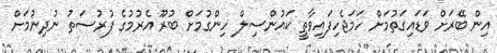
އިން ބޭރަށް ވަޑައިގަތުމަށް ހަމަޖެހިފައިވާތީ ކައުންސިލް ހިންގުމަށް ބުރޫ އެރުމުގެ ފުރުސަތު ނުދިނުމަށް